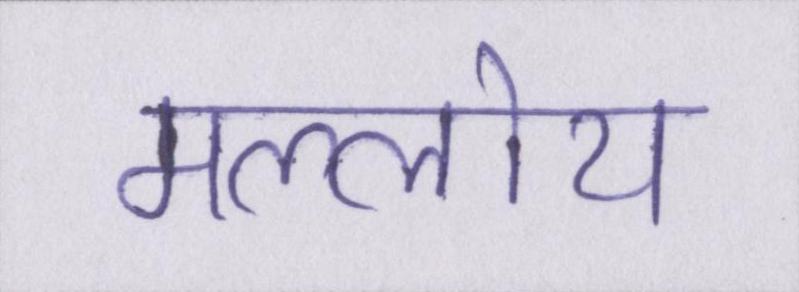
मल्लोय